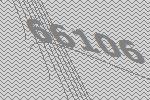
66106